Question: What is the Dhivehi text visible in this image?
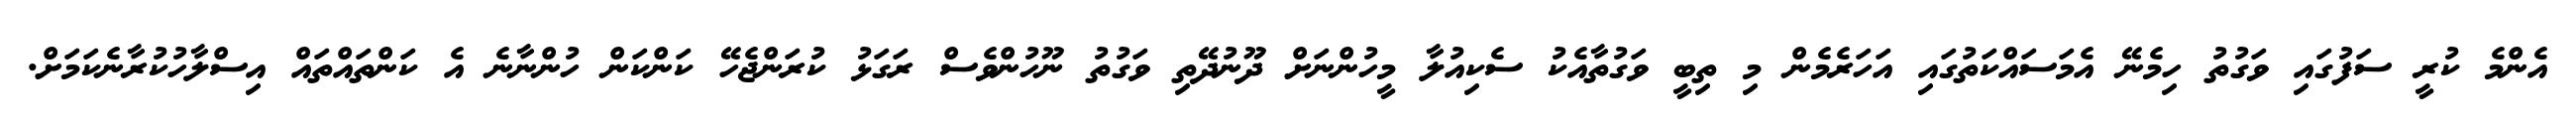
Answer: އެންމެ ކުރީ ސަފުގައި ވަގުތު ހިމެނޭ އެމަސައްކަތުގައި އަހަރެމެން މި ތިބީ ވަގުތާއެކު ސެކިއުލާ މީހުންނަށް ދޫނުދޭތި ވަގުތު ނޫހުންވެސް ރަގަޅު ކުރަންޖެހޭ ކަންކަން ހުންނާނެ އެ ކަންތައްތައް އިސްލާހުކުރާނެކަމަށް.